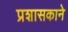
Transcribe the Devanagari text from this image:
प्रशासकाने